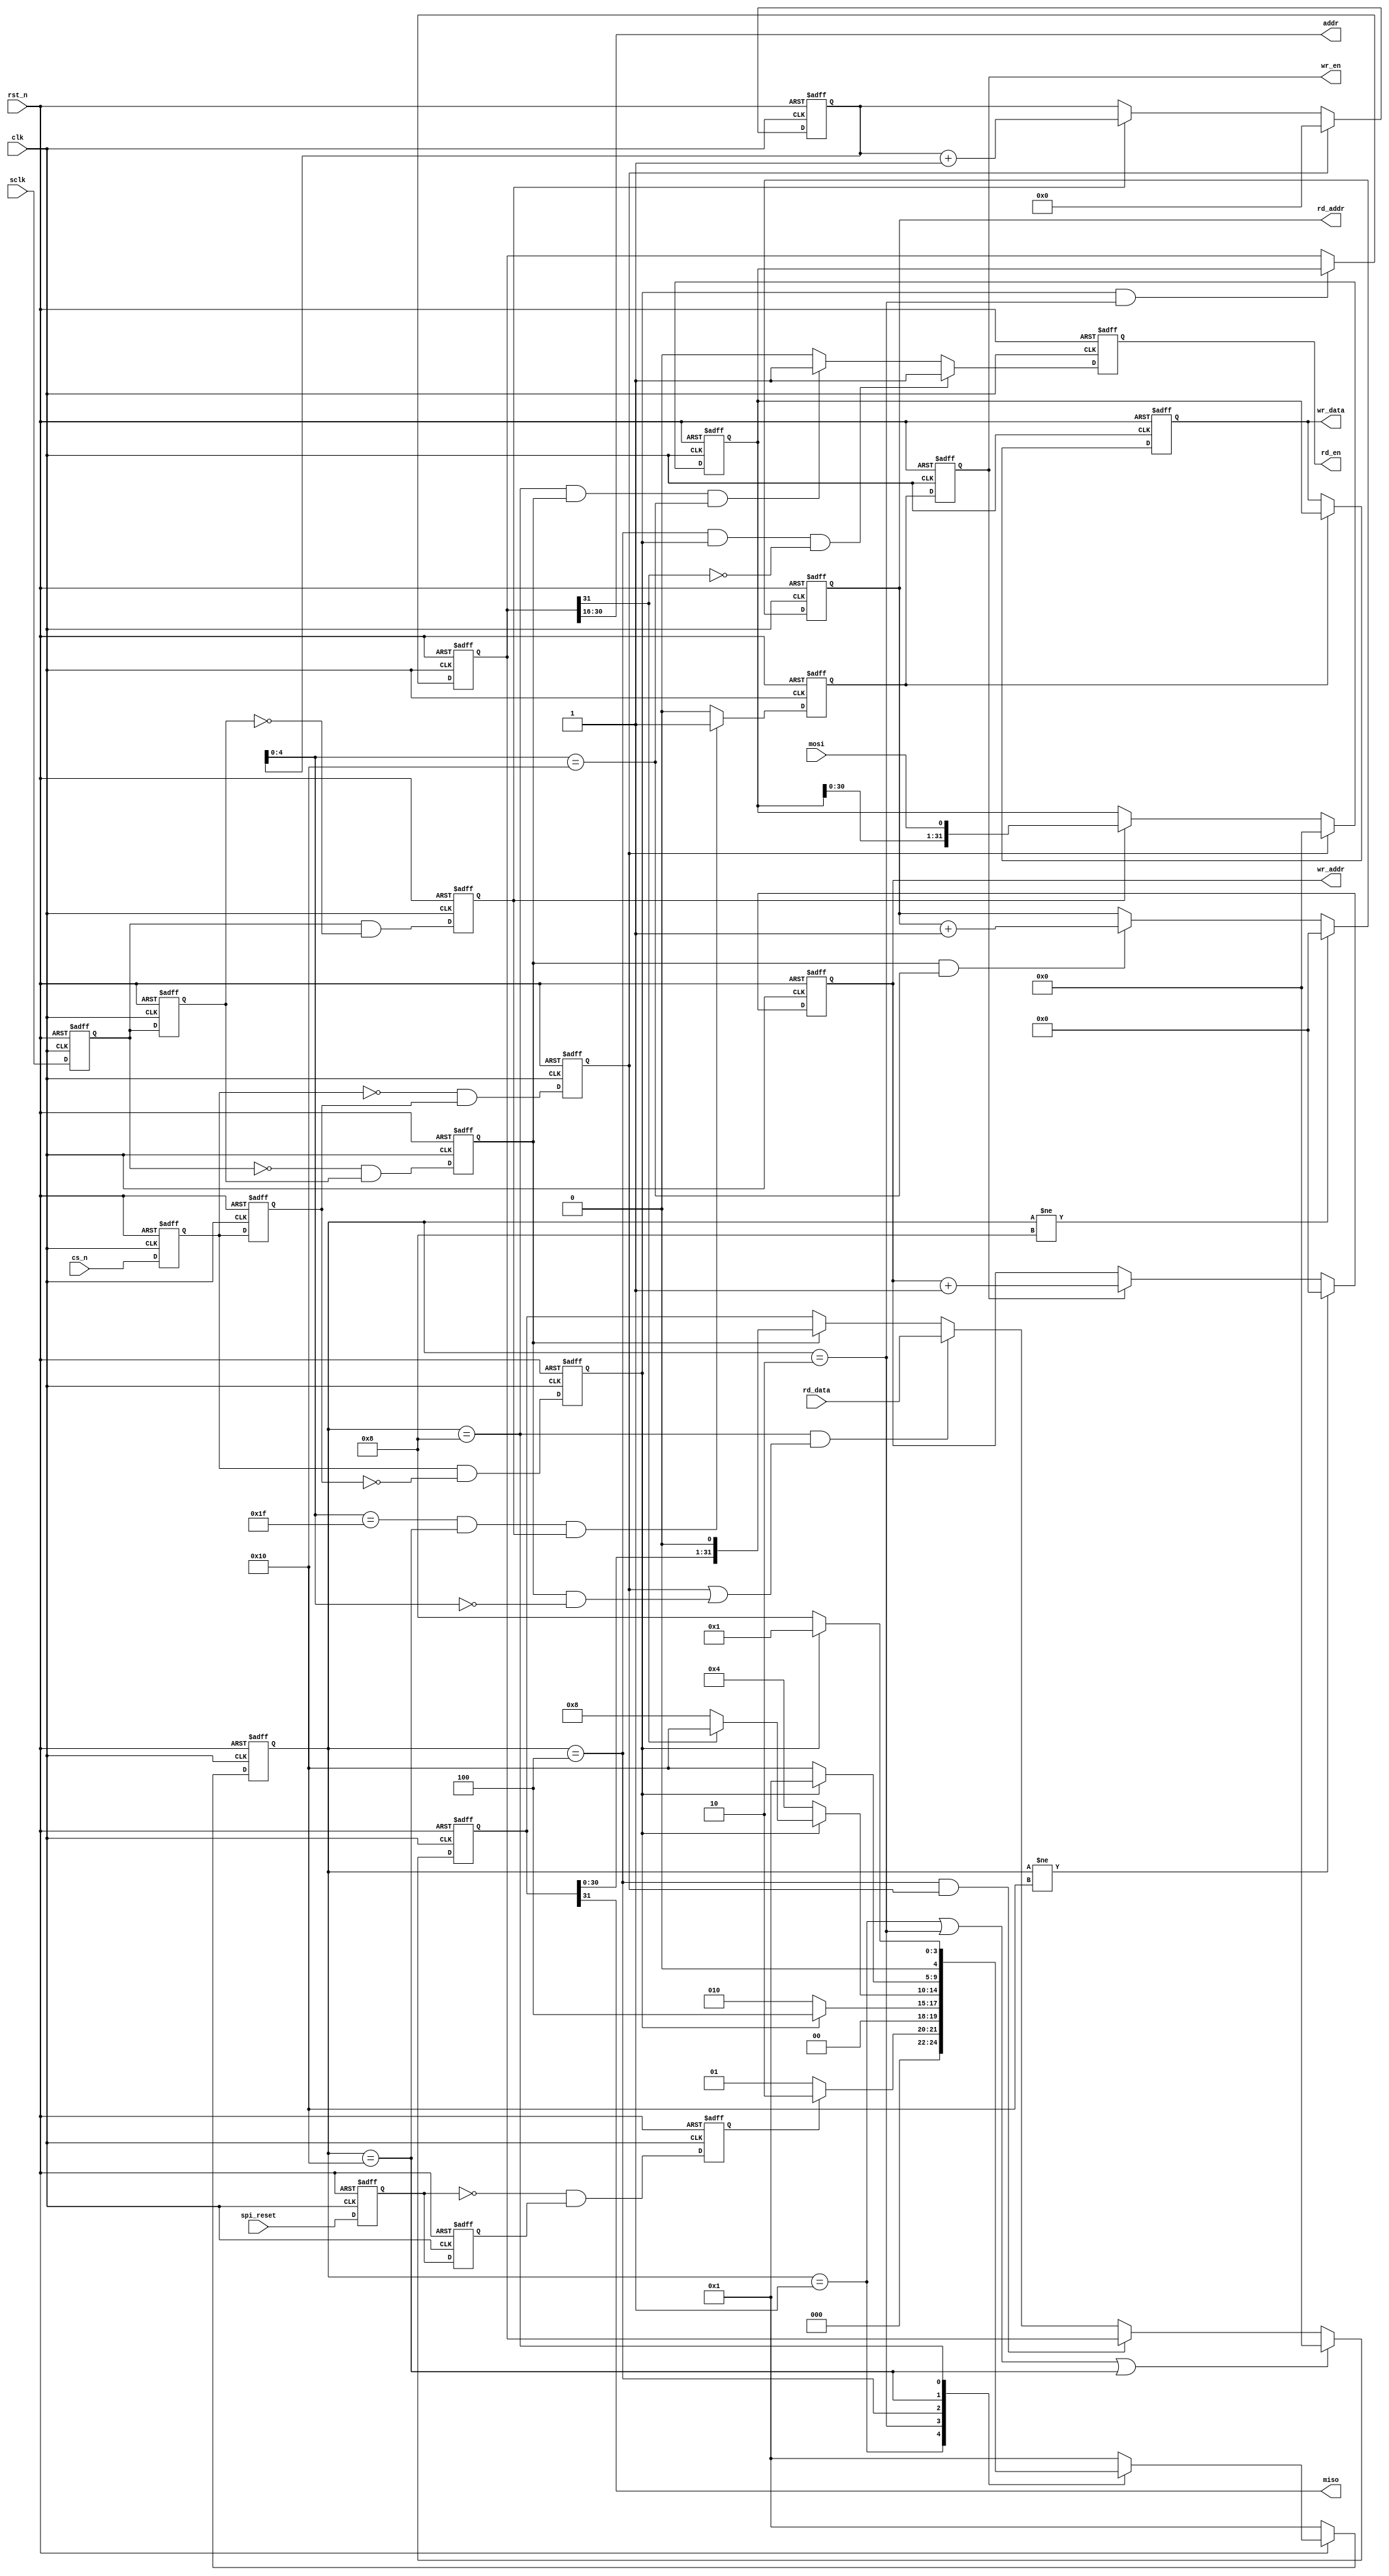
`timescale 1ns/10ps;
module SPI(
       input wire        clk,
	   input wire        rst_n,
	   input wire        spi_reset,
	   input wire        mosi,
	   input wire        cs_n,
	   input wire        sclk,
	   input wire [31:0] rd_data,
	   output            miso,
	   output reg        wr_en,    //
	   output reg        rd_en,
	   output reg [8:0]  wr_addr,  //
	   output reg [8:0]  rd_addr,
	   output     [14:0] addr,     //
	   output reg [31:0] wr_data   //
);

parameter IDLE  = 5'b00001;
parameter INIT  = 5'b00010;
parameter CHECK = 5'b00100;
parameter READ  = 5'b01000;
parameter WRITE = 5'b10000;

reg [4:0] Current_State;
reg [4:0] Next_State;

reg       spi_reset_reg0;
reg       spi_reset_reg1;
reg       StartCom;
reg       StopCom;

reg       cs_n_reg0;
reg       cs_n_reg1;
reg       CS_Rise;
reg       CS_Fall;

reg       sclk_reg0;
reg       sclk_reg1;
reg       sclk_Rise;
reg       sclk_Fall;

reg       [31:0]RX_Data_Buf;
reg       [31:0]TX_Data_Buf;
reg       [31:0]Header_Buf;

reg       [15:0]sclk_Rise_Cnt;

reg       wr_en_pre;

wire       WR_OPCODE;

assign WR_OPCODE = Header_Buf[31];
assign addr      = Header_Buf[30:16];

always @(posedge clk or negedge rst_n)
begin
  if(rst_n==1'b0)
	TX_Data_Buf <= 32'h0000_0000;  
  else if( (Current_State==IDLE)||(Current_State==INIT)||(Current_State==WRITE) )
    TX_Data_Buf <= 32'h0000_0000; 
  else if( (Current_State==CHECK)&&(CS_Fall==1'b1) )
    TX_Data_Buf <= Header_Buf;
  else if( (Current_State==READ)&& ( (CS_Fall==1'b1)||( (sclk_Fall==1'b1)&&(sclk_Rise_Cnt[4:0]==5'd0)  ) ) 	)
    TX_Data_Buf <= rd_data;
  else if(sclk_Fall==1'b1)	
    TX_Data_Buf <= {TX_Data_Buf[30:0],1'b0};
end

assign miso = TX_Data_Buf[31];



always @(posedge clk or negedge rst_n)
begin
  if(rst_n==1'b0)
	rd_addr <= 9'd0; 	
  else if(Current_State!=READ)
	rd_addr <= 9'd0; 
  else if( (sclk_Fall==1'b1)&&(sclk_Rise_Cnt[4:0]==5'd16) )
    rd_addr <= rd_addr + 9'd1;
end

 
always @(posedge clk or negedge rst_n)
begin
  if(rst_n==1'b0)
	rd_en <= 1'b0; 	
  else if( (Current_State==CHECK)&&(CS_Rise==1'b1)&&(WR_OPCODE==1'b0) )
	rd_en <= 1'b1; 
  else if( (Current_State==READ)&&(sclk_Fall==1'b1)&&(sclk_Rise_Cnt[4:0]==5'd16) )
    rd_en <= 1'b1; 
  else	
    rd_en <= 1'b0; 
end

always @(posedge clk or negedge rst_n)
begin
  if(rst_n==1'b0)
    begin
	  Header_Buf <= 32'h0000_0000;  
    end
  else
    begin
	  if( (CS_Rise==1'b1)&&(Current_State==INIT) )
        Header_Buf <= RX_Data_Buf;  
    end
end

always @(posedge clk or negedge rst_n)
begin
  if(rst_n==1'b0)
    begin 
	  wr_en_pre   <= 1'b0;
    end
  else
    begin
	  if( (sclk_Rise_Cnt[4:0]==5'b11111)&&(Current_State==WRITE)&&(sclk_Rise==1'b1) )
        wr_en_pre   <= 1'b1;
	  else	
	    wr_en_pre   <= 1'b0;
    end
end

always @(posedge clk or negedge rst_n)
begin
  if(rst_n==1'b0)
    begin 
	  wr_en   <= 1'b0;
    end
  else
    begin
      wr_en   <= wr_en_pre;
    end
end

always @(posedge clk or negedge rst_n)
begin
  if(rst_n==1'b0)
    begin 
	  wr_addr   <= 9'd0;
    end
  else
    begin
      if(Current_State!=WRITE)
	    wr_addr   <= 9'd0;
	  else if(wr_en==1'b1)
	    wr_addr   <= wr_addr + 9'd1;
    end
end

always @(posedge clk or negedge rst_n)
begin
  if(rst_n==1'b0)
    begin 
	  wr_data   <= 32'h0000_0000;
    end
  else
    begin
      if(wr_en_pre==1'b1)
	    wr_data <=  RX_Data_Buf; 
    end
end


always @(posedge clk or negedge rst_n)
begin
  if(rst_n==1'b0)
    begin
	  RX_Data_Buf   <= 32'h0000_0000;  
	  sclk_Rise_Cnt <= 16'h0000;
    end
  else
    begin
	  if(CS_Fall==1'b1)
	    begin
	      RX_Data_Buf   <= 32'h0000_0000;
		  sclk_Rise_Cnt <= 16'h0000;
		end
	  else if(sclk_Rise==1'b1)	
	    begin
	      RX_Data_Buf <= {RX_Data_Buf[30:0],mosi}; 
		  sclk_Rise_Cnt <= sclk_Rise_Cnt + 16'h0001;
		end
    end
end



always @(posedge clk or negedge rst_n)
begin
  if(rst_n==1'b0)
    begin
	  sclk_reg0 <= 1'b0;
      sclk_reg1 <= 1'b0;
      sclk_Rise <= 1'b0;
      sclk_Fall <= 1'b0;
    end
  else
  begin
    sclk_reg0 <= sclk;
    sclk_reg1 <= sclk_reg0;
    sclk_Rise <= (sclk_reg0==1'b1)&&(sclk_reg1==1'b0);
    sclk_Fall <= (sclk_reg0==1'b0)&&(sclk_reg1==1'b1);
  end
end



always @(posedge clk or negedge rst_n)
begin
  if(rst_n==1'b0)
    begin
	  spi_reset_reg0 <= 1'b0;
      spi_reset_reg1 <= 1'b0;
      StartCom       <= 1'b0;
      StopCom        <= 1'b0;
    end
  else
  begin
    spi_reset_reg0 <= spi_reset;
    spi_reset_reg1 <= spi_reset_reg0;
    StartCom       <= (spi_reset_reg0==1'b0)&&(spi_reset_reg1==1'b1);
    StopCom        <= (spi_reset_reg0==1'b1)&&(spi_reset_reg1==1'b0);
  end
end


always @(posedge clk or negedge rst_n)
begin
  if(rst_n==1'b0)
    begin
	  cs_n_reg0 <= 1'b0;
      cs_n_reg1 <= 1'b0;
      CS_Rise   <= 1'b0;
      CS_Fall   <= 1'b0;
    end
  else
    begin
	  cs_n_reg0 <= cs_n;
	  cs_n_reg1 <= cs_n_reg0;
	  CS_Rise   <= (cs_n_reg0==1'b1)&&(cs_n_reg1==1'b0);
	  CS_Fall   <= (cs_n_reg0==1'b0)&&(cs_n_reg1==1'b1);
    end
end


always @(posedge clk or negedge rst_n)
begin
  if(rst_n == 1'b0)
    Current_State <= IDLE;
  else
    Current_State <= Next_State;
end

always @(*)
begin
  if(rst_n == 1'b0)
    Next_State = IDLE;
  else 
  case(Current_State)
    IDLE: 
	  if(StartCom==1'b1) 
	    Next_State = INIT;
	  else
		Next_State = IDLE;   
    INIT:	
	  if(CS_Rise==1'b1) 
	    Next_State = CHECK;
	  else
		Next_State = INIT;
    CHECK:	
	  if(CS_Rise==1'b1) 
	    Next_State = WR_OPCODE ? WRITE : READ;
	  else
		Next_State = CHECK;	
    WRITE:	
	  if(CS_Rise==1'b1) 
	    Next_State = IDLE;
	  else
		Next_State = WRITE;	
    READ:	
	  if(CS_Rise==1'b1) 
	    Next_State = IDLE;
	  else
		Next_State = READ;		
    default:Next_State = IDLE;		 
  endcase		 	 
end

endmodule